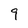
Character: 9